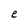
Character: e